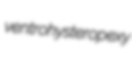
ventrohysteropexy